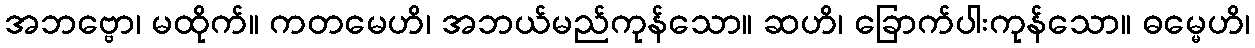
အဘဗ္ဗော၊ မထိုက်။ ကတမေဟိ၊ အဘယ်မည်ကုန်သော။ ဆဟိ၊ ခြောက်ပါးကုန်သော။ ဓမ္မေဟိ၊